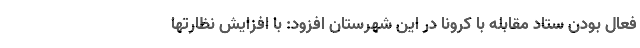
فعال بودن ستاد مقابله با کرونا در این شهرستان افزود: با افزایش نظارتها